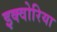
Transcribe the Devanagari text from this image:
इक्वोरिया